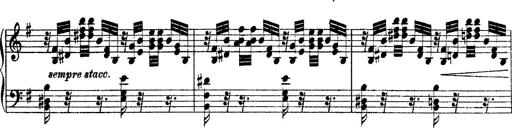
Title: Ã‰tudes d'exÃ©cution transcendante d'aprÃ¨s Paganini
Composer: Franz Liszt